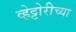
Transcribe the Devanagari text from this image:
व्हेट्टोरीच्या